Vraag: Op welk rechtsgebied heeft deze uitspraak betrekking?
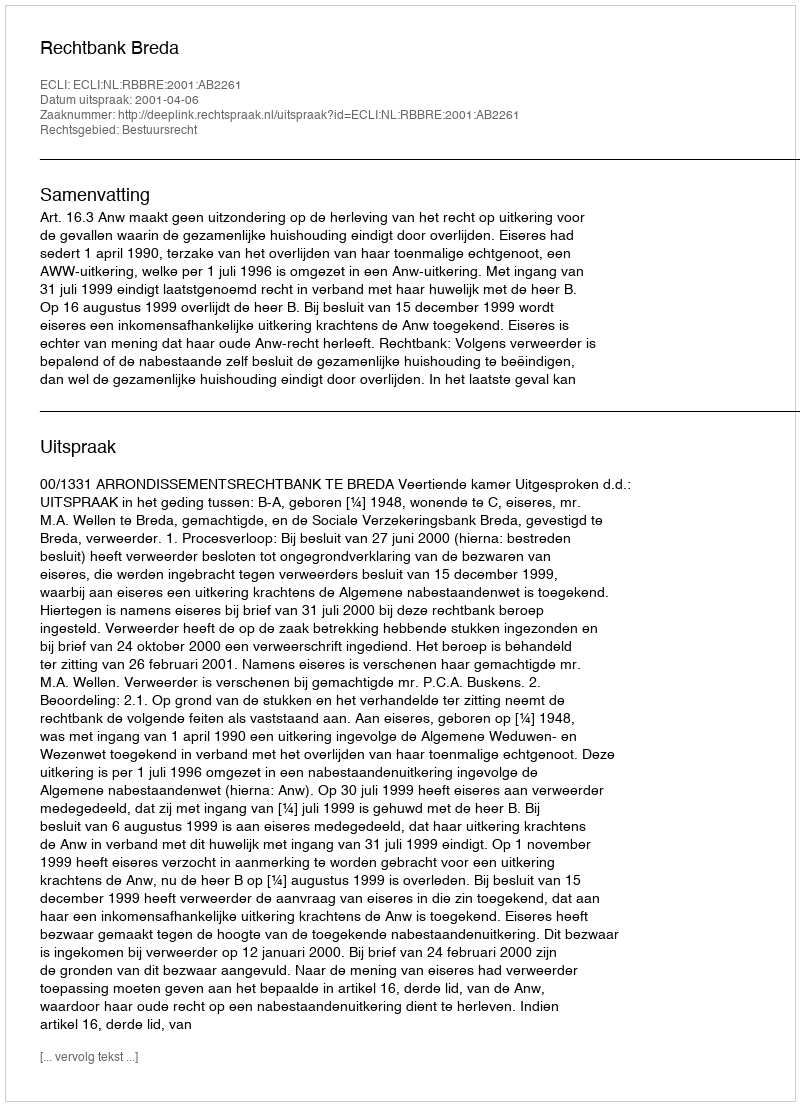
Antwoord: Bestuursrecht